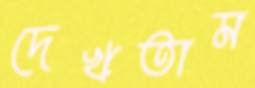
দেখতাম